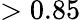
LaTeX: >0.85